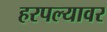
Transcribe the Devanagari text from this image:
हरपल्यावर